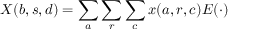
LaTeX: X ( b , s , d ) = \sum _ { a } \sum _ { r } \sum _ { c } x ( a , r , c ) E ( \cdot )